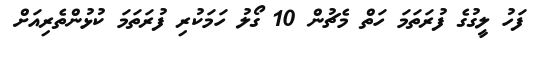
ފަހު ލީގުގެ ފުރަތަމަ ހަތް މެޗުން 10 ގޯލު ހަމަކުރި ފުރަތަމަ ކުޅުންތެރިއަށް